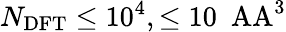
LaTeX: N_{\mathrm{DFT}}\leq 10^{4},\leq 10~\mathrm{\ AA}^{3}